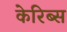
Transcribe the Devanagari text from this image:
केरिब्स